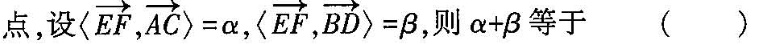
点，设〈$$ \overrightarrow { E F }，\overrightarrow { A C } 〉= a$$， 〈$$\overrightarrow { E F },\overrightarrow { B D } 〉= β$$，则$$α + β$$等于( )